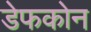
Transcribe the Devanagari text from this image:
डेफकोन